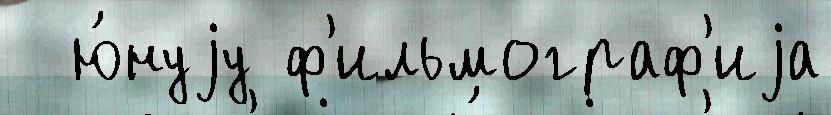
  ю́нуjу ф'ильмограф'иjа